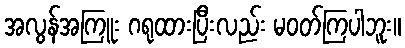
အလွန်အကြူး ဂရုထားပြီးလည်း မဝတ်ကြပါဘူး။